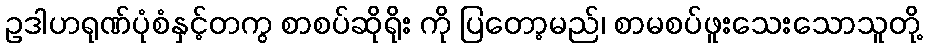
ဥဒါဟရုဏ်ပုံစံနှင့်တကွ စာစပ်ဆိုရိုး ကို ပြတော့မည်၊ စာမစပ်ဖူးသေးသောသူတို့